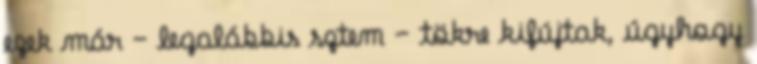
ezek már – legalábbis sztem – tökre kifújtak, úgyhogy